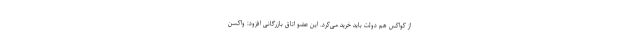
از کواکس هم دولت باید خرید می‌کرد. این عضو اتاق بازرگانی افزود: واکسن